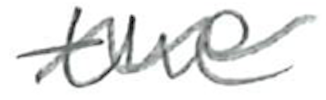
Text: the
Cross-out: wave
Writing tool: pencil